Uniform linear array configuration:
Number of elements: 64
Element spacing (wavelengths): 0.5
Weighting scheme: exponential
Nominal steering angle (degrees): -60
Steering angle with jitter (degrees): -59.364
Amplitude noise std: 0.05
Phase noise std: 0.05

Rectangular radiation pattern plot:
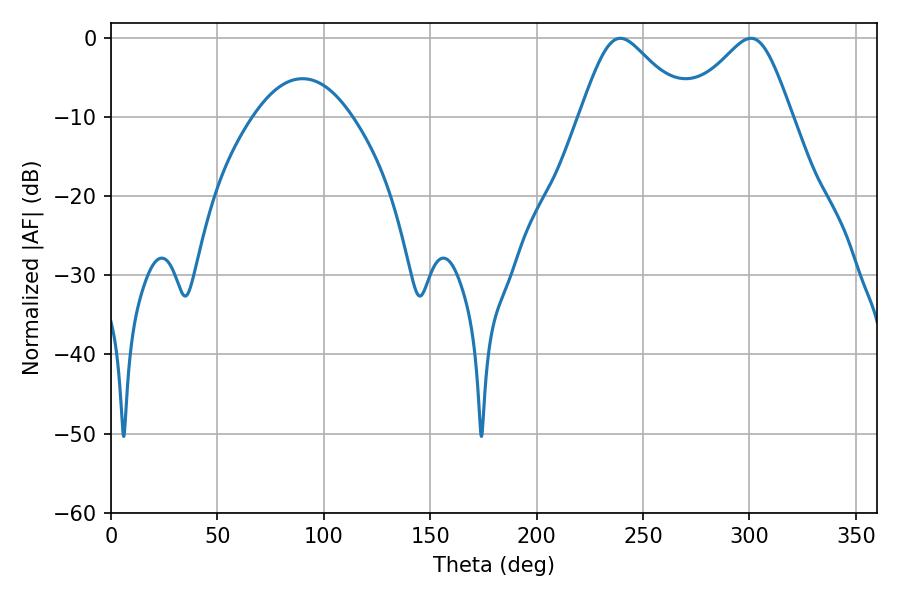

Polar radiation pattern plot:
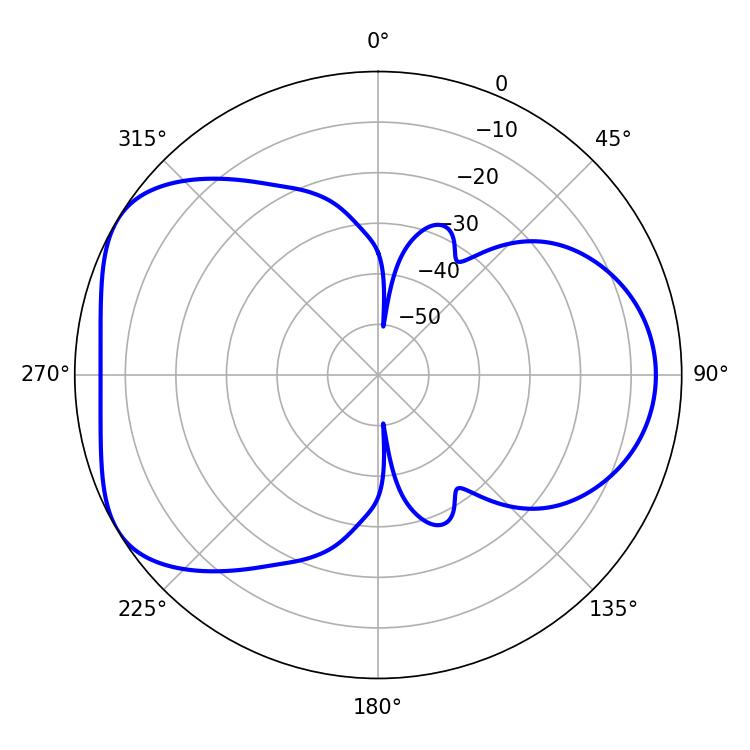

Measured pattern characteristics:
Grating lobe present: FALSE
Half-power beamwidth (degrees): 24.66
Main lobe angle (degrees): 239.4